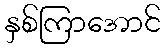
နှစ်ကြာအောင်